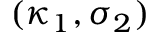
( \kappa _ { 1 } , \sigma _ { 2 } )